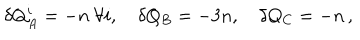
\delta Q _ { A } ^ { i } = - n \ \forall i , \quad \delta Q _ { B } = - 3 n , \quad \delta Q _ { C } = - n \, ,